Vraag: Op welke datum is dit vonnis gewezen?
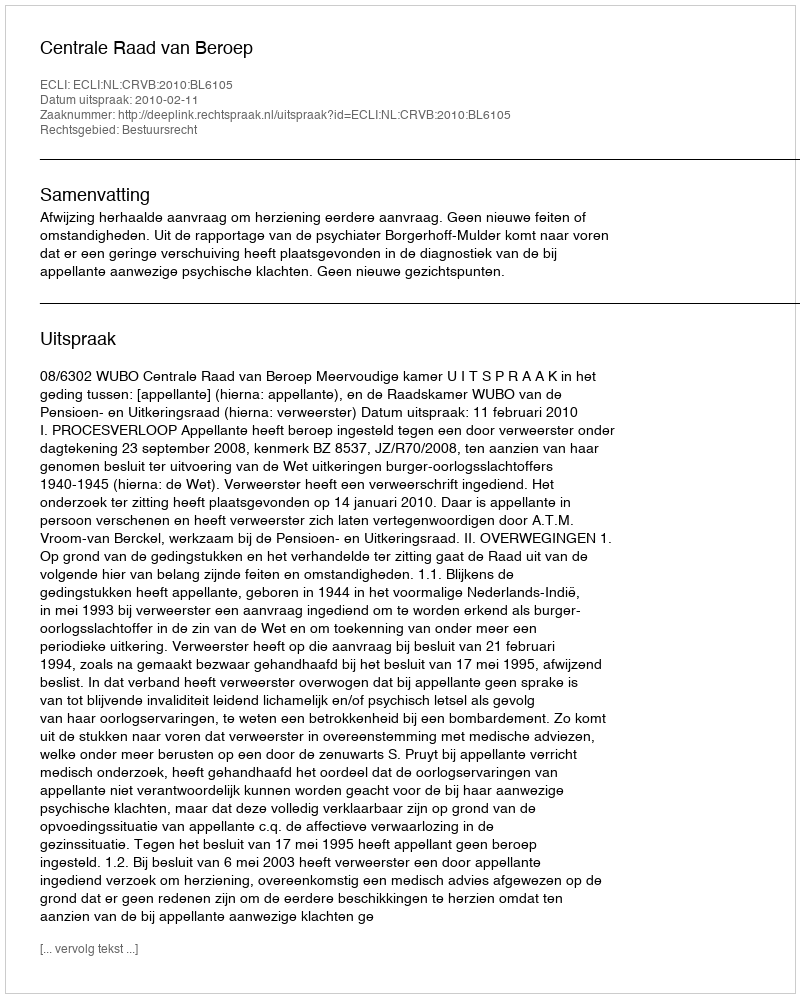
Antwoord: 2010-02-11